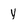
Character: y